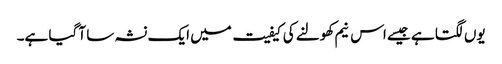
یوں لگتا ہے جیسے اس نیم کھولنے کی کیفیت میں ایک نشہ سا آ گیا ہے۔